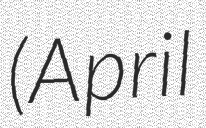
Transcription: (April